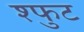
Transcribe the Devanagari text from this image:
श्फुट